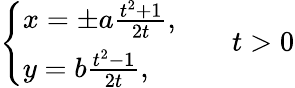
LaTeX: {\left\{ \begin{array}{ll}{x=\pm a{\frac{t^{2}+1}{2t}},}\\ {y=b{\frac{t^{2}-1}{2t}},}\end{array}\right.}\qquad t>0